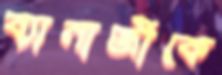
ব্যানার্জীকে